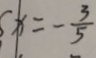
x = - \frac { 3 } { 5 }